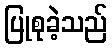
ပြုစုခဲ့သည်